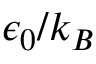
\epsilon _ { 0 } / k _ { B }